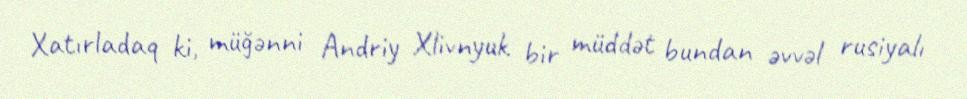
Xatırladaq ki, müğənni Andriy Xlivnyuk bir müddət bundan əvvəl rusiyalı